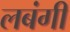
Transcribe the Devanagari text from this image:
लबंगी